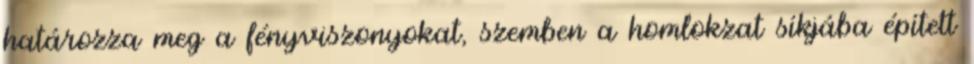
határozza meg a fényviszonyokat, szemben a homlokzat síkjába épített